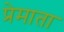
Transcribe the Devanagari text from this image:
प्रेमाता